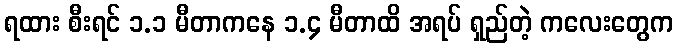
ရထား စီးရင် ၁.၁ မီတာကနေ ၁.၄ မီတာထိ အရပ် ရှည်တဲ့ ကလေးတွေက